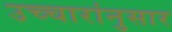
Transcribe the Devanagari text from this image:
उच्चारांनुसार